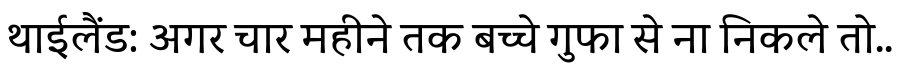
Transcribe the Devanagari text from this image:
थाईलैंड: अगर चार महीने तक बच्चे गुफा से ना निकले तो..